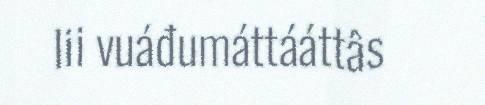
lii vuáđumáttááttâs